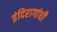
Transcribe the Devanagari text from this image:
इंदिरागांधी